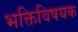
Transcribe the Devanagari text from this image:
भक्तिविषयक